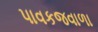
પાવકજવાળા